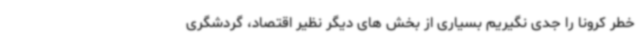
خطر کرونا را جدی نگیریم بسیاری از بخش های دیگر نظیر اقتصاد، گردشگری